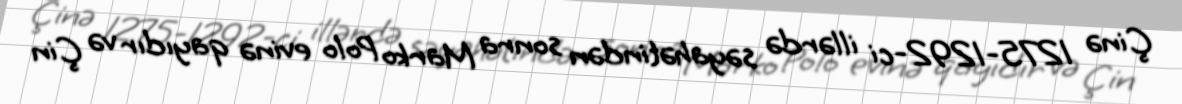
Çinə 1275-1292-ci illərdə səyahətindən sonra Marko Polo evinə qayıdır və Çin